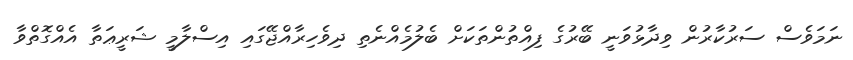
ނަމަވެސް ސަރުކާރުން ވިދާޅުވަނީ ބޭރުގެ ފިއްތުންތަކަށް ބެލުމެއްނެތި ދިވެހިރާއްޖޭގައި އިސްލާމީ ޝަރީޢަތާ އެއްގޮތްވާ